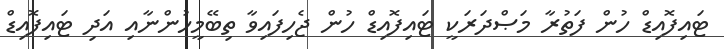
ޓައިފޮއިޑް ހުން ފަތުރާ މަޞްދަރަކީ ޓައިފޮއިޑް ހުން ޖެހިފައިވާ ތިބޭމީހުންނާއި އަދި ޓައިފޮއިޑް